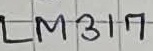
Text: LM317